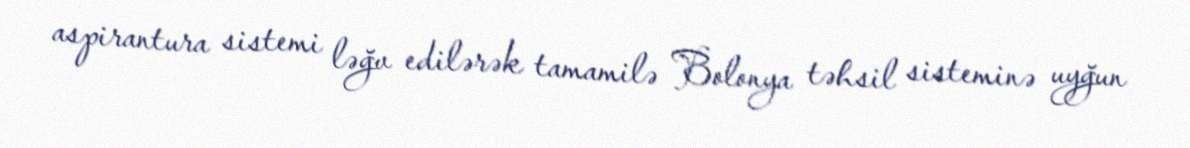
aspirantura sistemi ləğv edilərək tamamilə Bolonya təhsil sisteminə uyğun